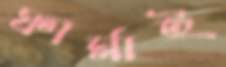
ফার্মাই